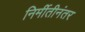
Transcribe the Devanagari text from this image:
निर्मीतीनंतर